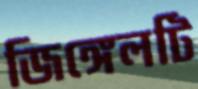
জিঙ্গেলটি